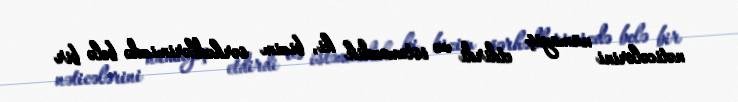
nəticələrini nümayiş etdirdi və istəməzdik ki, bizim sərhədlərimizdə belə bir